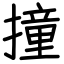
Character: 撞